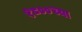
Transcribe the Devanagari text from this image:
१८००च्या